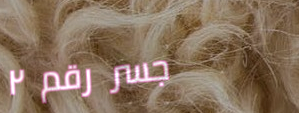
جسر رقم ٢